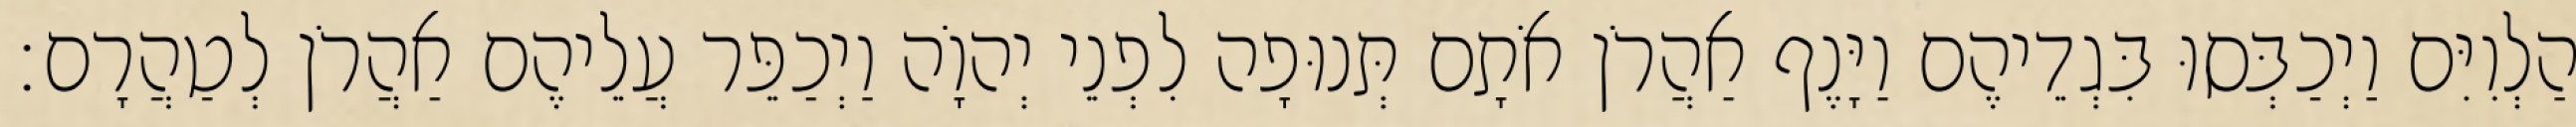
הַלְוִיִּם וַיְכַבְּסוּ בִּגְדֵיהֶם וַיָּנֶף אַהֲרֹן אֹתָם תְּנוּפָה לִפְנֵי יְהוָֹה וַיְכַפֵּר עֲלֵיהֶם אַהֲרֹן לְטַהֲרָם׃